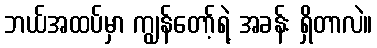
ဘယ်အထပ်မှာ ကျွန်တော့်ရဲ့ အခန်း ရှိတာလဲ။